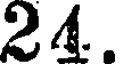
24.